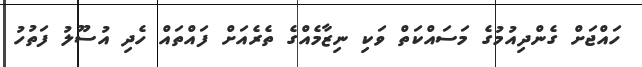
ހައްޖަށް ގެންދިއުމުގެ މަސައްކަތް ވަކި ނިޒާމެއްގެ ތެރެއަށް ފައްތައް ހެދި އުސޫލު ފަތުހު